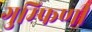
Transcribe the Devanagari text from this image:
गुम्फिणी